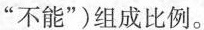
”不能”)组成比例。